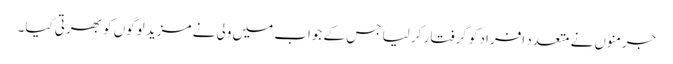
جرمنوں نے متعدد افراد کو گرفتار کر لیا جس کے جواب میں ولی نے مزید لوگوں کو بھرتی کیا۔